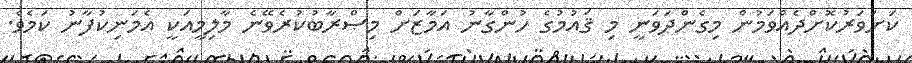
ކަށަވަރުކޮށްދެއްވަމުން މިގެންދަވަނީ މި ޤައުމުގެ ހުންގާނު އަމާޒަށް މިޞްރާބުކުރެވޭނެ މާލިމީއަކީ އެމަނިކުފާނު ކަމެވެ.